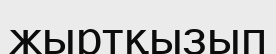
жыртқызып